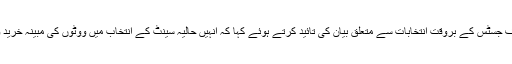
دوسری طرف وزیر اعظم نواز شریف نے چیف جسٹس کے بروقت انتخابات سے متعلق بیان کی تائید کرتے ہوئے کہا کہ انہیں حالیہ سینٹ کے انتخاب میں ووٹوں کی مبینہ خرید وفرخت کے معاملے کا نوٹس بھی لینا چاہیے۔